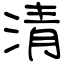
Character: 清